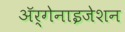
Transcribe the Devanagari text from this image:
ॲर्गेनाइजेशन